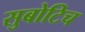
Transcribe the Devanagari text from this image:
सुबोटिच